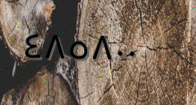
٤٨٥٨٠٠